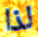
لذا